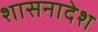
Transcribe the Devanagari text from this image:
शासनादेश